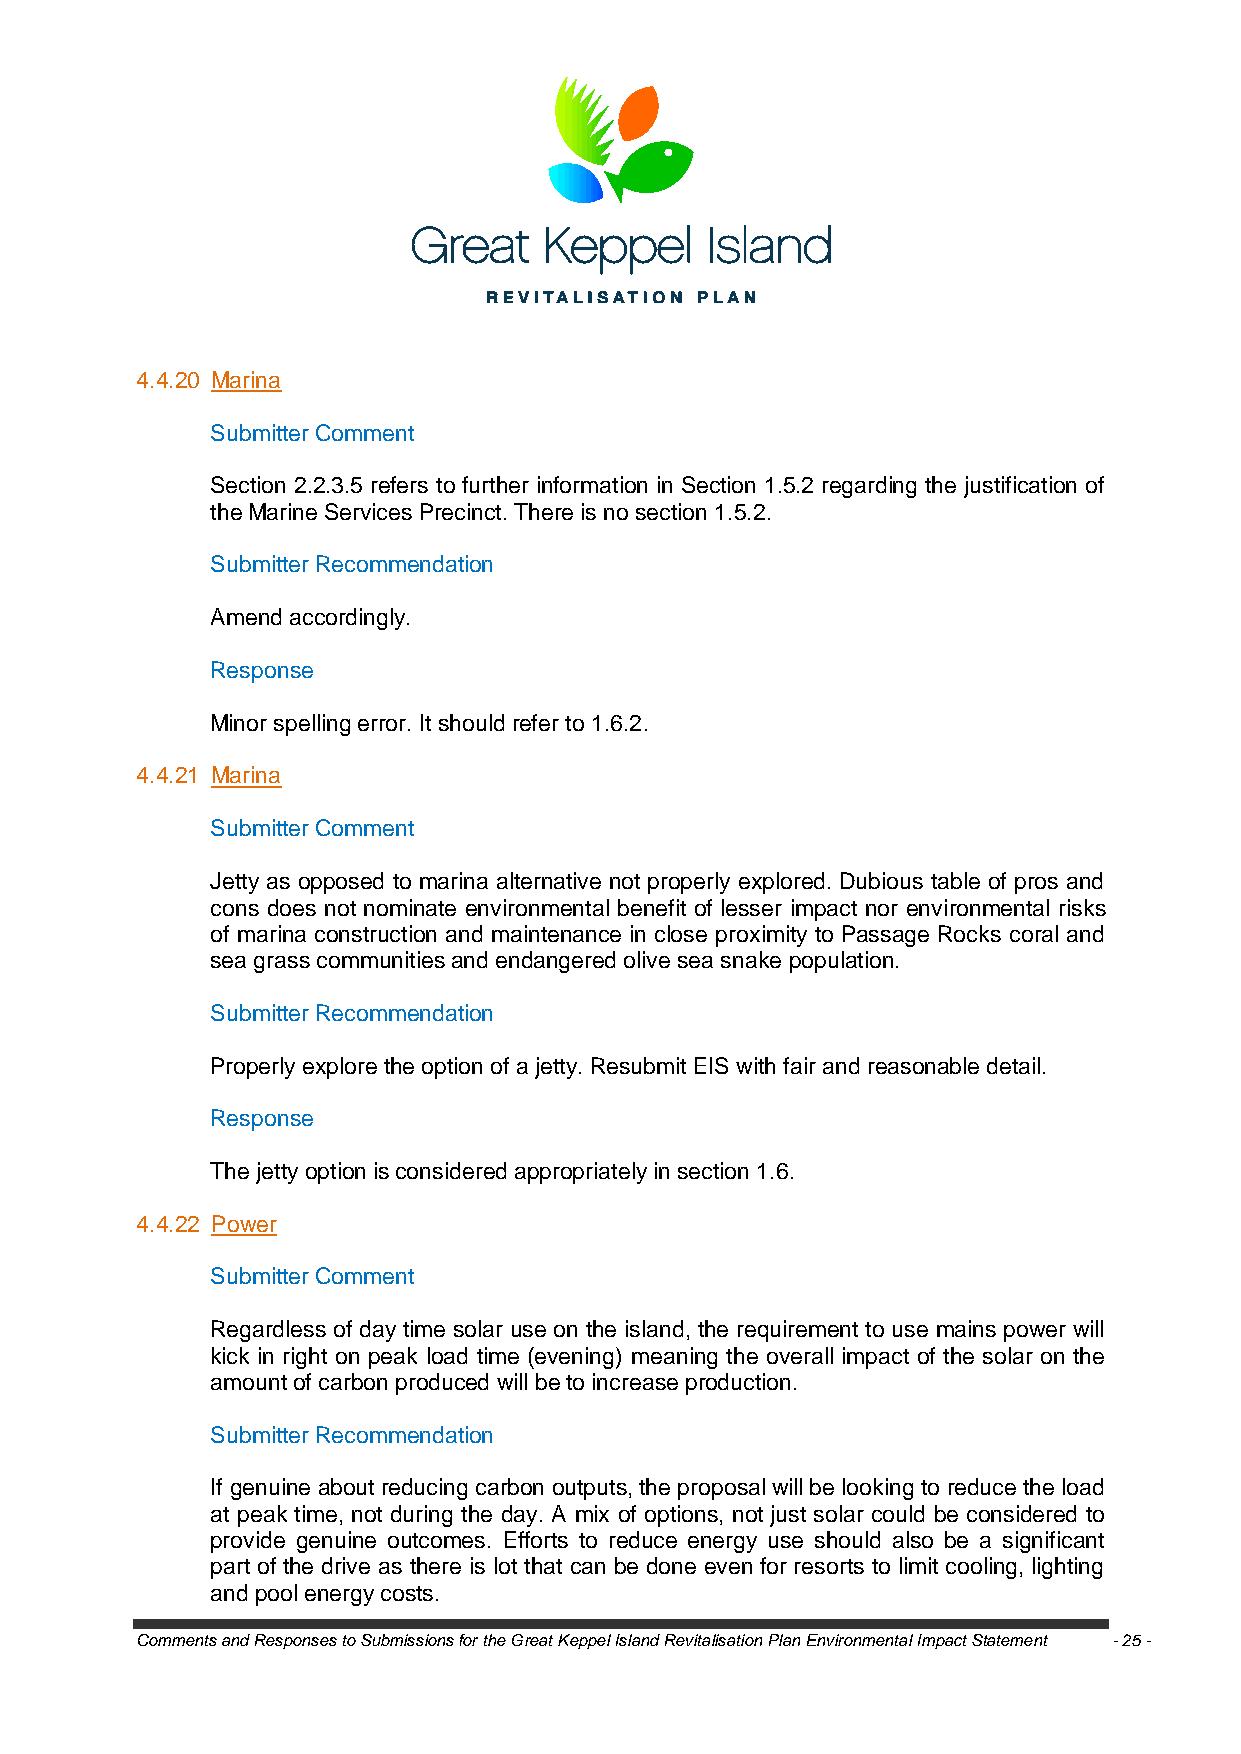
4.4.20 Marina
 Submitter Comment
 Section 2.2.3.5 refers to further information in Section 1.5.2 regarding the justification of
 the Marine Services Precinct. There is no section 1.5.2.
 Submitter Recommendation
 Amend accordingly.
 Response
 Minor spelling error. It should refer to 1.6.2.
 4.4.21 Marina
 Submitter Comment
 Jetty as opposed to marina alternative not properly explored. Dubious table of pros and
 cons does not nominate environmental benefit of lesser impact nor environmental risks
 of marina construction and maintenance in close proximity to Passage Rocks coral and
 sea grass communities and endangered olive sea snake population.
 Submitter Recommendation
 Properly explore the option of a jetty. Resubmit EIS with fair and reasonable detail.
 Response
 The jetty option is considered appropriately in section 1.6.
 4.4.22 Power
 Submitter Comment
 Regardless of day time solar use on the island, the requirement to use mains power will
 kick in right on peak load time (evening) meaning the overall impact of the solar on the
 amount of carbon produced will be to increase production.
 Submitter Recommendation
 If genuine about reducing carbon outputs, the proposal will be looking to reduce the load
 at peak time, not during the day. A mix of options, not just solar could be considered to
 provide genuine outcomes. Efforts to reduce energy use should also be a significant
 part of the drive as there is lot that can be done even for resorts to limit cooling, lighting
 and pool energy costs.
 Comments and Responses to Submissions for the Great Keppel Island Revitalisation Plan Environmental Impact Statement - 25 -